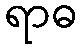
ရာဓ